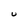
Character: U